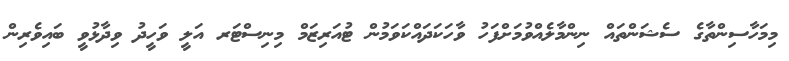
މިމަހާސިންތާގެ ސެޝަންތައް ނިންމާލެއްވުމަށްފަހު ވާހަކަދައްކަވަމުން ޓުއަރިޒަމް މިނިސްޓަރ އަލީ ވަހީދު ވިދާޅުވީ ބައިވެރިން